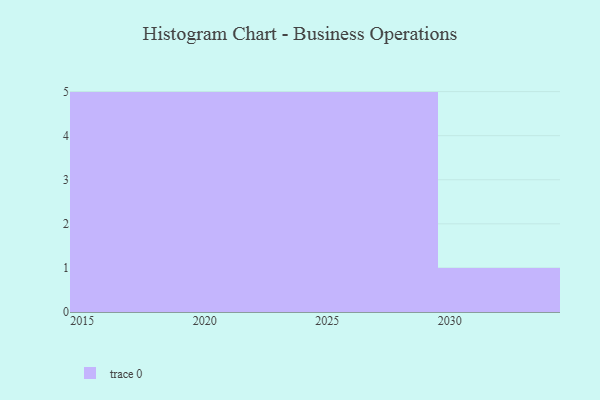
{"axis": {"x": "Year", "y": "Production Output"}, "legend": [""], "data": [{"x": "2019", "y": 3, "type": ""}, {"x": "2017", "y": 18, "type": ""}, {"x": "2026", "y": 18, "type": ""}, {"x": "2015", "y": 64, "type": ""}, {"x": "2024", "y": 88, "type": ""}, {"x": "2020", "y": 22, "type": ""}, {"x": "2028", "y": 60, "type": ""}, {"x": "2018", "y": 84, "type": ""}, {"x": "2023", "y": 29, "type": ""}, {"x": "2027", "y": 95, "type": ""}, {"x": "2022", "y": 60, "type": ""}, {"x": "2016", "y": 95, "type": ""}, {"x": "2021", "y": 22, "type": ""}, {"x": "2029", "y": 71, "type": ""}, {"x": "2025", "y": 84, "type": ""}, {"x": "2030", "y": 37, "type": ""}]}